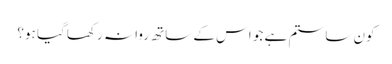
کون سا ستم ہے جو اس کے ساتھ روا نہ رکھا گیا ہو؟